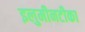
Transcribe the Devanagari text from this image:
इलुमीनटीका